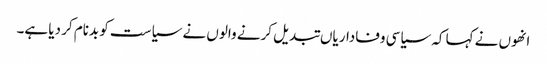
انھوں نے کہا کہ سیاسی وفاداریاں تبدیل کرنے والوں نے سیاست کو بدنام کر دیا ہے۔